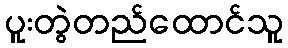
ပူးတွဲတည်ထောင်သူ